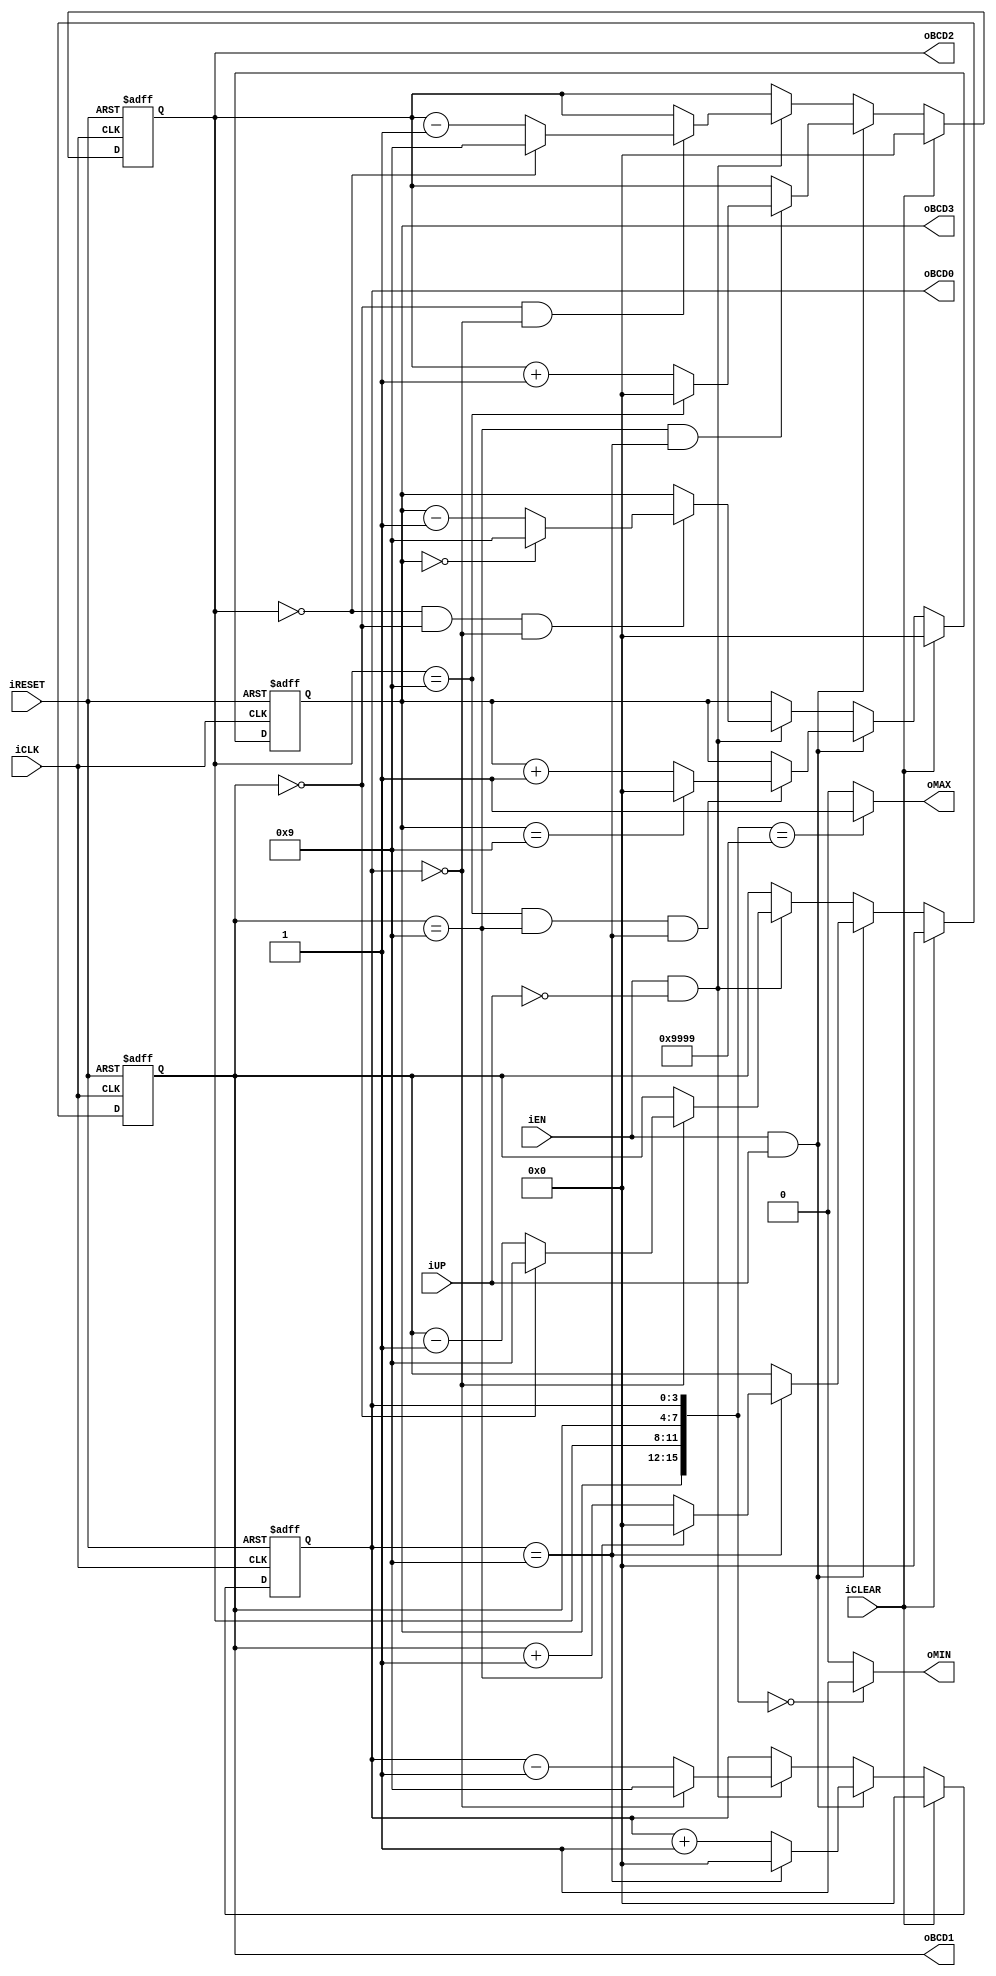
module bcd_counter
	(
		input wire iCLK, iRESET,
		input wire iEN, iCLEAR, iUP,
		output reg oMAX, oMIN,
		output reg [3:0] oBCD3, oBCD2, oBCD1, oBCD0
	);
	
	always @(posedge iCLK, posedge iRESET)
		if (iRESET)
			{oBCD3, oBCD2, oBCD1, oBCD0} <= 16'b0;
		else if (iCLEAR)
			{oBCD3, oBCD2, oBCD1, oBCD0} <= 16'b0;				
		else if (iEN & iUP)
			begin
				oBCD0 <= 
					bcd_inc(oBCD0);
				oBCD1 <= (oBCD0 == 4'd9) ? 
					bcd_inc(oBCD1) : oBCD1;
				oBCD2 <= (oBCD1 == 4'd9 && oBCD0 == 4'd9) ? 
					bcd_inc(oBCD2) : oBCD2;
				oBCD3 <= (oBCD2 == 4'd9 && oBCD1 == 4'd9 && oBCD0 == 4'd9) ?
					bcd_inc(oBCD3) : oBCD3;
			end
		else if (iEN & ~iUP)
			begin
				oBCD0 <= 
					bcd_dec(oBCD0);
				oBCD1 <= (oBCD0 == 4'd0) ? 
					bcd_dec(oBCD1) : oBCD1;
				oBCD2 <= (oBCD1 == 4'd0 && oBCD0 == 4'd0) ? 
					bcd_dec(oBCD2) : oBCD2;
				oBCD3 <= (oBCD2 == 4'd0 && oBCD1 == 4'd0 && oBCD0 == 4'd0) ?
					bcd_dec(oBCD3) : oBCD3;
			end
	
	always @*
		begin
			oMIN = 1'b0;
			oMAX = 1'b0;

			if ({oBCD3, oBCD2, oBCD1, oBCD0} == {4{4'd0}})
				oMIN = 1'b1;
			
			if ({oBCD3, oBCD2, oBCD1, oBCD0} == {4{4'd9}})
				oMAX = 1'b1;
		end

	function [3:0] bcd_inc(input [3:0] bcd_in);
		bcd_inc = (bcd_in == 4'd9) ? 4'd0 : bcd_in + 4'd1;
	endfunction

	function [3:0] bcd_dec(input [3:0] bcd_in);
		bcd_dec = (bcd_in == 4'd0) ? 4'd9 : bcd_in - 4'd1;
	endfunction
endmodule